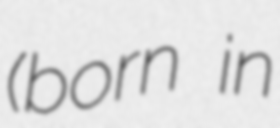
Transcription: (born in